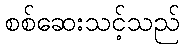
စစ်ဆေးသင့်သည်